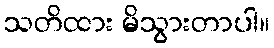
သတိထား မိသွားတာပါ။